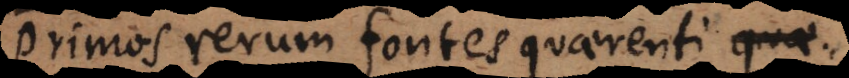
Primos rerum fontes quaerenti quae